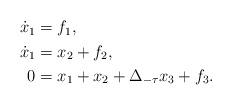
LaTeX: \begin{align*} \begin{aligned} \dot x_1 &= f_1,\\ \dot x_1 &= x_2+ f_2,\\ 0 &= x_1 +x_2+ \Delta_{-\tau} x_3 + f_3. \end{aligned}\end{align*}